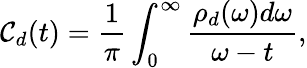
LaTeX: \mathcal{C}_{d}(t)=\frac{{1}}{{\pi}}\int_{0}^{\infty}\frac{{\rho_{d}(\omega)d\omega}}{{\omega-t}},